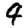
Digit: 4